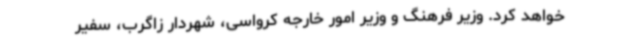
خواهد کرد. وزیر فرهنگ و وزیر امور خارجه کرواسی، شهردار زاگرب، سفیر